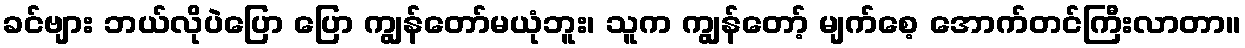
ခင်ဗျား ဘယ်လိုပဲပြော ပြော ကျွန်တော်မယုံဘူး၊ သူက ကျွန်တော့် မျက်စေ့ အောက်တင်ကြီးလာတာ။